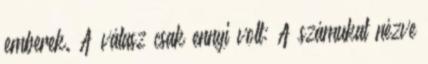
emberek. A válasz csak ennyi volt: A számukat nézve